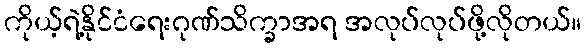
ကိုယ့်ရဲ့နိုင်ငံရေးဂုဏ်သိက္ခာအရ အလုပ်လုပ်ဖို့လိုတယ်။